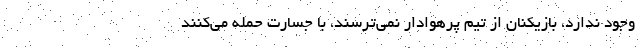
وجود ندارد، بازیکنان از تیم پرهوادار نمی‌ترسند، با جسارت حمله می‌کنند